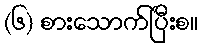
(၆) စားသောက်ပြီးစ။